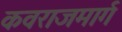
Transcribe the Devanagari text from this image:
कवराजमार्ग